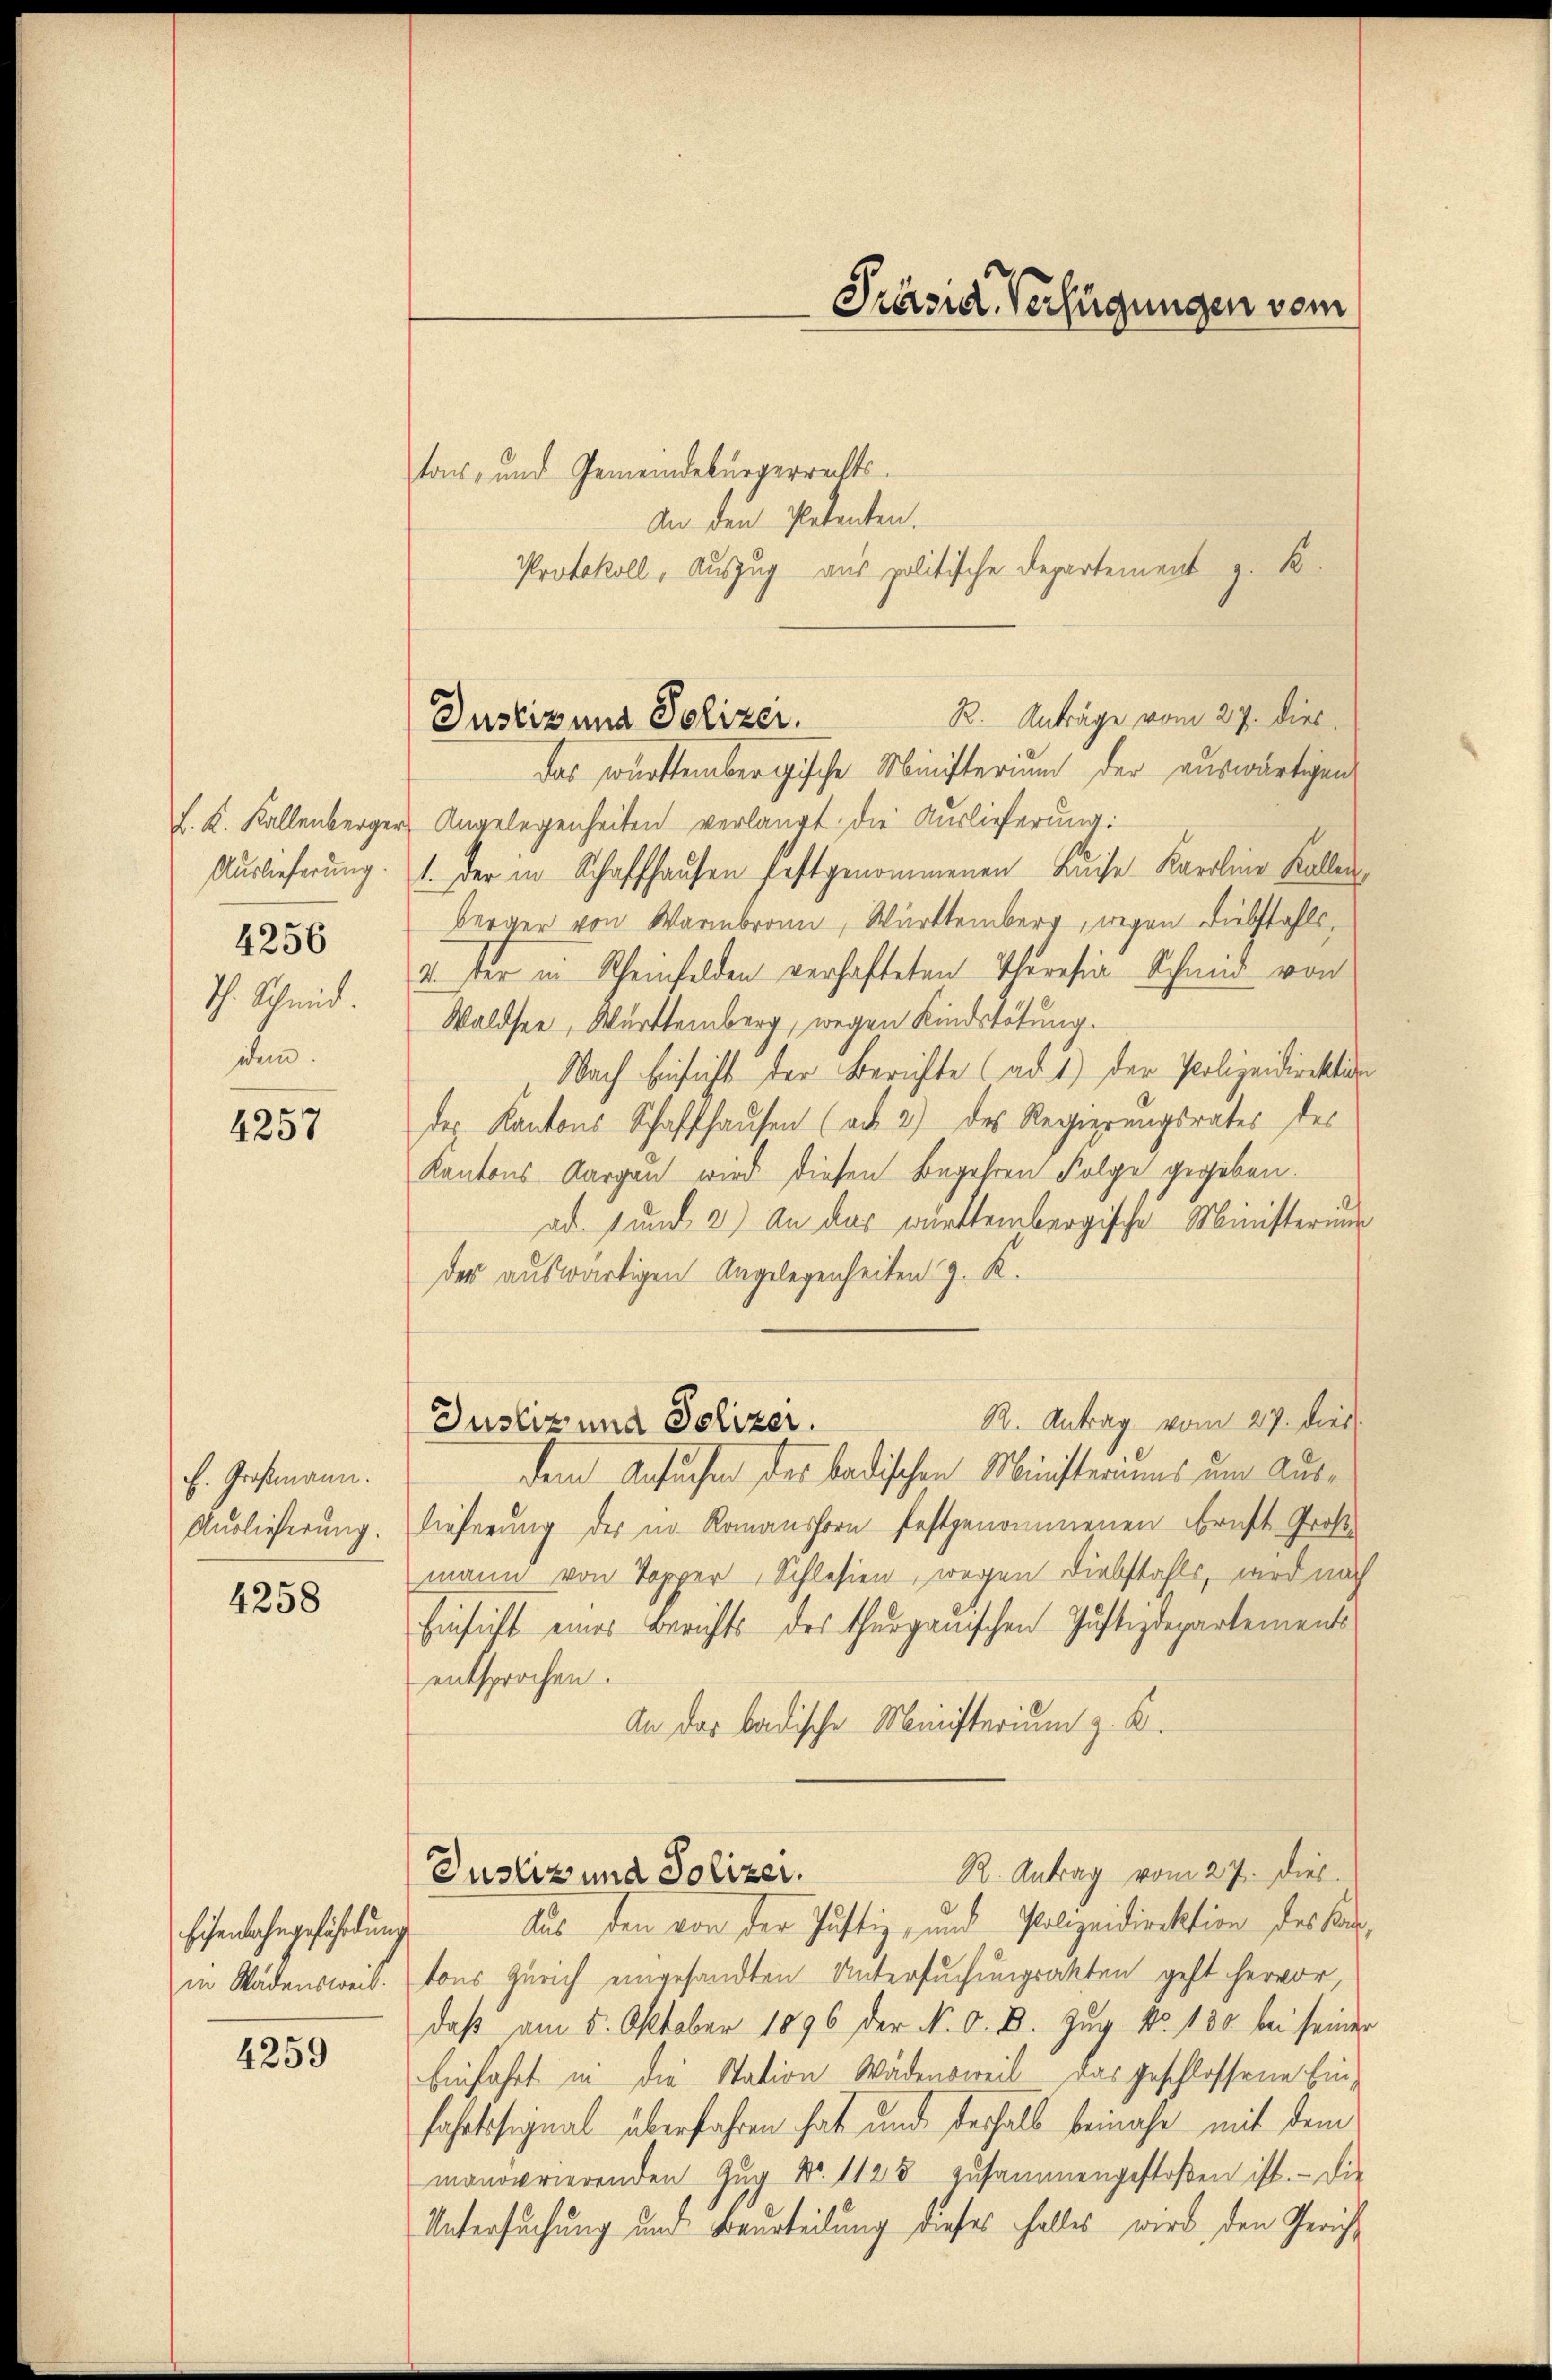
L. K. Kallenberger
Auslieferung.
4256
Th. Schmid.
idem.

4257

E. Großmann.
Auslieferung.

4258

Eisenbahngefährdung
in Wädensweis.

4259

Präsid. Verfügungen vom

R. Anträge vom 27. dies
Justiz und Polizer.

ton, und Gemeindebürgerrechts
An den Petenten.
Protokoll, Auszug aus politische Departement z. B.
das württembergische Ministerium der auswärtigen
 Angelegenheiten verlangt. Die Auslieferung:
1. der in Schaffhausen festgenommenen Kaise Karolina Kollen
berger von Warmbronn, Württemberg, wegen Diebstahlsv. der in Scheinfelden verhafteten Theresia Schmid von
Waldsee, Württemberg, wegen Kindstötung.
Nach Einsicht der Berichte (ad 1) der Polizeidirektion
des Kantons Schaffhausen (ad 2.) des Regierungsrates des
Kantons Aargau wird diesen Begehren Folge gegeben.
ad. 1 und 3) An das württembergische Ministerun
der auswärtigen Angelegenheiten G. K.
R. Antrag vom 27. dies
Justiz und Polizer.
dem Ansuchen des badischen Ministeriums um Auslieferung des in Romanshorn festgenommenen Ernst Großmann von Topper, Schlesien, wegen Diebstahls, wird nach
Einsicht eines Berichts des Thurgauischen Justizdepartements
entsprochen.
An das badische Ministerium z. K.
R. Antrag vom 27. Dieb.
Justiz und Polizei.
Aus den von der Justiz, und Polizeidirektion des a
tons Zürich eingesandten Untersuchungsakten geht hervor,
daß am 5. Oktober 1896 der N. O. B. Zug No. 130 bei seiner
Einfahrt in die Station Wädensweil das geschlossene Einfahrt signal überfahren hat und deshalb beinahe mit dem
monovrierenden Zŭg Nr. 1125 zusammengestoßen ist. - Die
Untersuchung um Beurteilung dieses Falles wird den Gericht